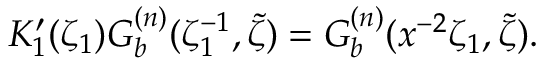
K _ { 1 } ^ { \prime } ( \zeta _ { 1 } ) G _ { b } ^ { ( n ) } ( \zeta _ { 1 } ^ { - 1 } , \tilde { \zeta } ) = G _ { b } ^ { ( n ) } ( x ^ { - 2 } \zeta _ { 1 } , \tilde { \zeta } ) .